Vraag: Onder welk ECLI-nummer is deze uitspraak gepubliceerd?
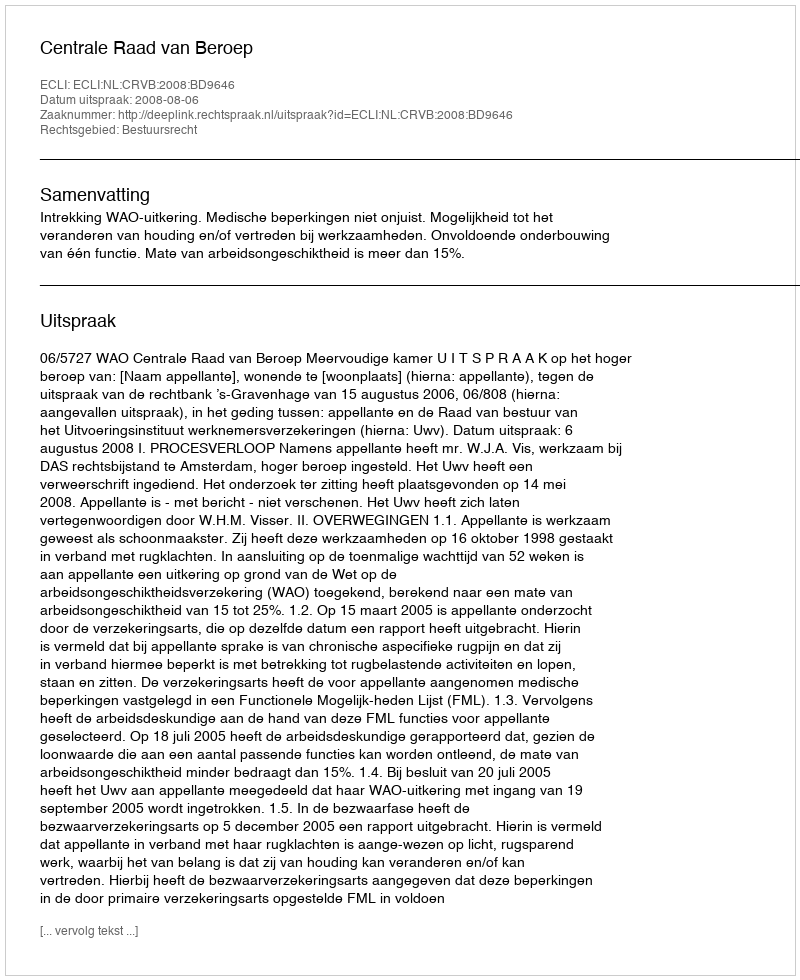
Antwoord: ECLI:NL:CRVB:2008:BD9646